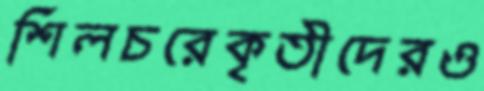
শিলচরেকৃতীদেরও